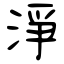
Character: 淨